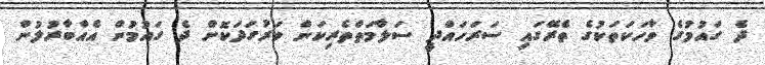
ދެ ގައުމުގެ ވާހަކަތަކުގެ ތެރޭގައި ސަރަހައްދީ ސަލާމަތްތެރިކަން ވަރުގަދަކޮށް ދެ ގައުމުން އެއްބާރުލުން